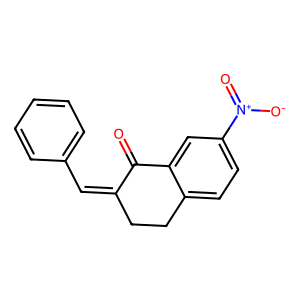
SMILES: O=C1C(=Cc2ccccc2)CCc2ccc([N+](=O)[O-])cc21
Inhibits HIV replication: No